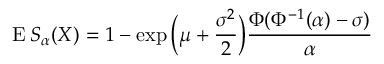
\operatorname { E } S _ { \alpha } ( X ) = 1 - \exp { \Bigl ( } \mu + { \frac { \sigma ^ { 2 } } { 2 } } { \Bigr ) } { \frac { \Phi ( \Phi ^ { - 1 } ( \alpha ) - \sigma ) } { \alpha } }